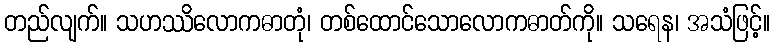
တည်လျက်။ သဟဿိလောကဓာတုံ၊ တစ်ထောင်သောလောကဓာတ်ကို။ သရေန၊ အသံဖြင့်။